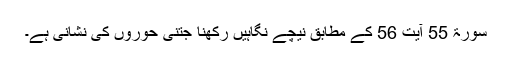
سورۃ 55 آیت 56 کے مطابق نیچے نگاہیں رکھنا جتنی حوروں کی نشانی ہے۔